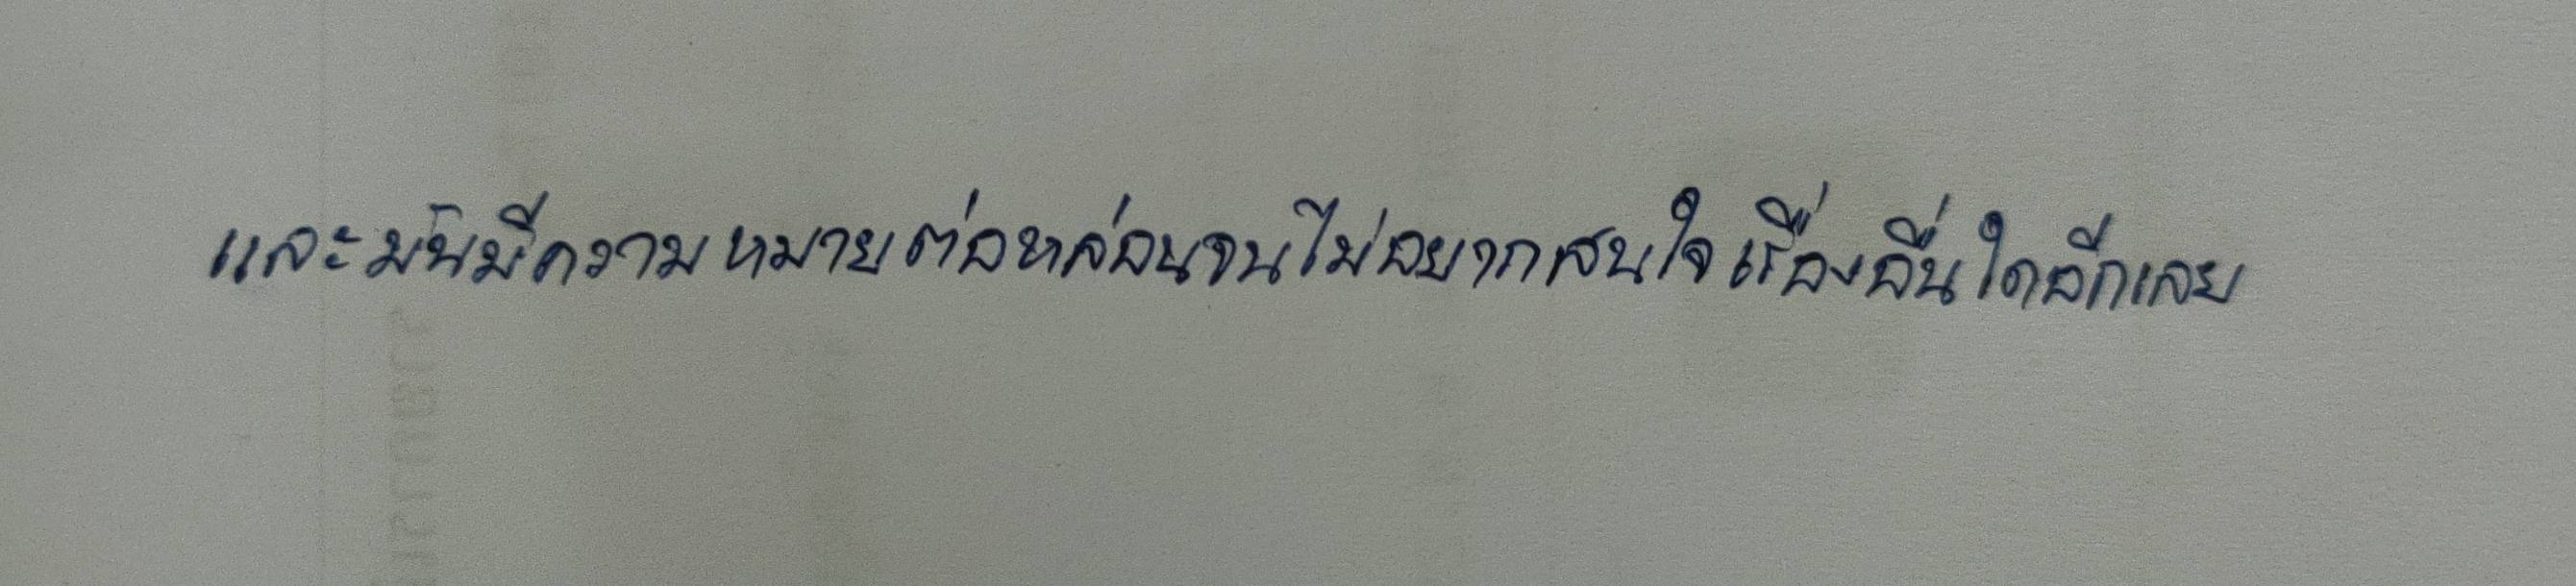
และมันมีความหมายต่อหล่อนจนไม่อยากสนใจเรื่องอื่นใดอีกเลย